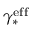
\gamma _ { * } ^ { \mathrm { e f f } }